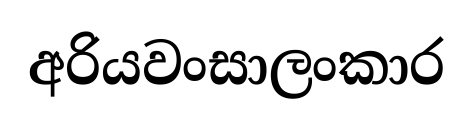
අරියවංසාලංකාර